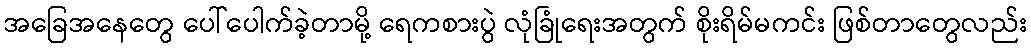
အခြေအနေတွေ ပေါ်ပေါက်ခဲ့တာမို့ ရေကစားပွဲ လုံခြုံရေးအတွက် စိုးရိမ်မကင်း ဖြစ်တာတွေလည်း